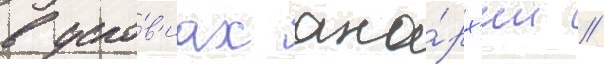
в усло́в'иах ана́рх'ии //